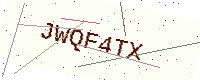
Text: JWQF4TX